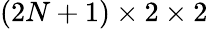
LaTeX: {(2N+1)\times 2\times 2}